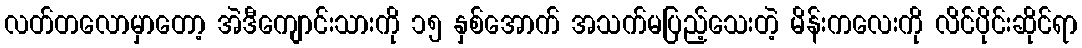
လတ်တလောမှာတော့ အဲဒီကျောင်းသားကို ၁၅ နှစ်အောက် အသက်မပြည့်သေးတဲ့ မိန်းကလေးကို လိင်ပိုင်းဆိုင်ရာ